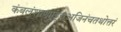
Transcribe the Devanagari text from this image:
कंबलंशाणपट्टंचअजिनंचतथोत्तरं